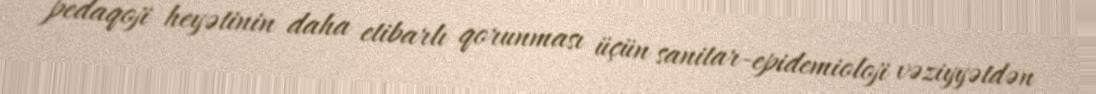
pedaqoji heyətinin daha etibarlı qorunması üçün sanitar-epidemioloji vəziyyətdən